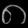
Digit: ၈